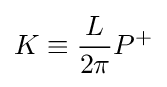
K\equiv {\frac {L}{2\pi }}P^{+}